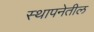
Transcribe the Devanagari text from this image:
स्थापनेतील